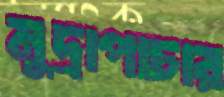
মুদ্রাপাচার